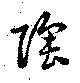
陶